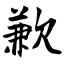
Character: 歉